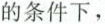
的条件下，